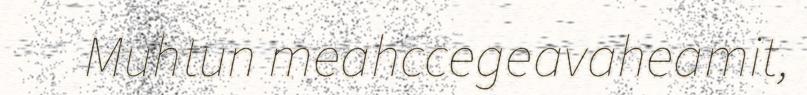
Muhtun meahccegeavaheamit,